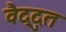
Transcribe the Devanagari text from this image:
वैद्दुत